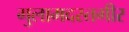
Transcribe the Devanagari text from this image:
गुलामदस्तगीर